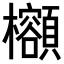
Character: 𪴣